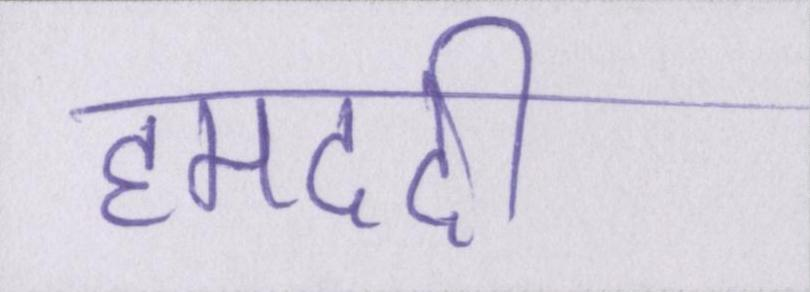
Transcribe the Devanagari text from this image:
हमदर्दी